Annual statistical returns and brief notes on vaccination in Bengal - 1887-1898
Year: 1887
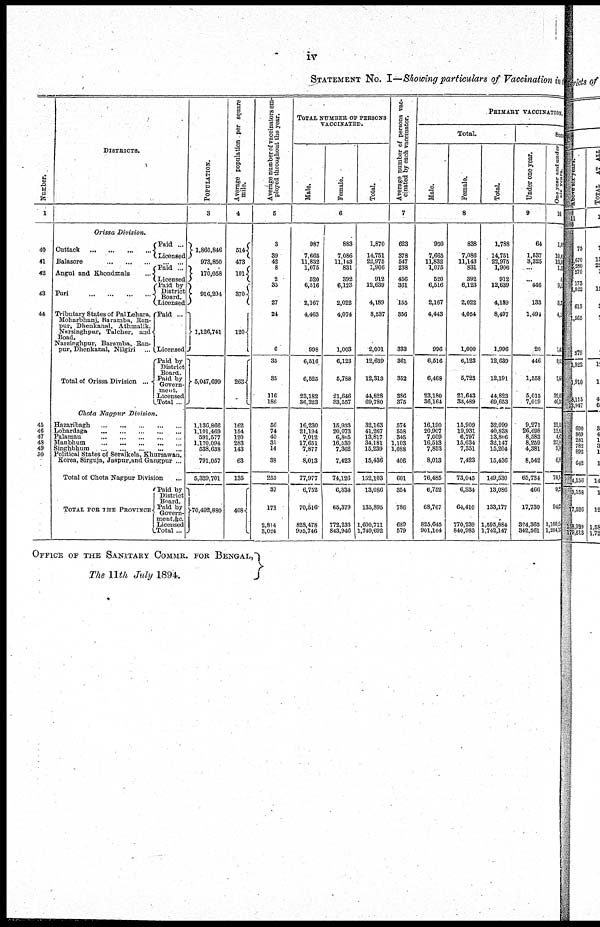
iv
STATEMENT No. I—Showing particulars of Vaccination in
Number.
1
40
41
42
43
44
45
46
47
48
49
50
DISTRICTS.
Orissa Division.
Cuttack ... ... ... ... ...
Paid ...
Licensed
Balasore ... ... ... ... ...
Angul and Khondmals ...
Puri
...
...
...
...
Tributary States of Pal Lehara,
Moharbhanj, Buramba, Ran-
pur, Dhenkanal, Athmalik,
Narsinghpur, Talcher, and
Boad.
Narsinghpur, Baramba, Ran-
pur, Dhenkanal, Nilgiri
...
Total of Orissa Division
...
Chota Nagpur Division
Paid ...
Licensed
Paid by
District
Board.
Licensed
Paid ...
Licensed
Paid by
District
Board.
Paid by
Govern-
ment.
Licensed
Total ...
Hazaribagh
...
...
...
...
...
Lohardaga
...
...
...
...
...
Palamau
...
...
...
...
...
Manbhum
...
...
...
...
...
Singhbhum
...
...
...
...
...
Political States of Seraikela, Khursawan,
Korea, Sirguja, Jaspur and Gangpur ...
Total of Chota Nagpur Divison ...
TOTAL FOR THE PROVINCE
Paid by
District
Board.
Paid by
Govern-
meut.&c.
Licensed
Total ...
POPULATION.
3
1,860,846
973,860
170,058
916,204
1,126,741
5,047,699
1,136,866
1,101,469
591,577
1,170,094
538,638
791,057
5,329,701
70,492,880
Average population per square
mile.
4
514
473
101
370
120
263
162
154
120
283
143
63
135
408
Average number of vaccinators em-
ployed throughout the year.
5
3
39
42
8
2
33
27
24
6
35
35
116
186
56
74
40
31
14
38
253
37
173
2,814
3,024
TOTAL NUMBER OF PERSONS
VACCINATED.
Male.
Female.
Total.
6
987
7,665
11,832
1,075
520
6,516
2,167
4,463
998
6,516
6,525
23,182
36,223
16,230
21,194
7,012
17,651
7,877
8,013
77,977
6,752
70,516
828,478
905,746
883
7,086
11,143
831
392
6,123
2,022
4,074
1,003
6,123
5,788
21,646
33,557
15,933
20,073
6,805
16,530
7,362
7,423
74,126
6,334
65,379
772,233
843,946
1,870
14,751
23,975
1,906
912
12,639
4,189
8,537
2,001
12,639
12,313
44,828
69,780
32,163
41,267
13,817
34,181
15,239
15,436
152,103
13,086
135,895
1,600,711
1,749,692
Average number of persons vac-
cinated by each vaccinator.
7
623
378
547
238
456
361
155
356
333
361
352
386
375
574
558
345
1,103
1,088
406
601
354
786
689
579
PRIMARY VACCINATION.
Total.
Male.
Female.
Total.
8
950
7,665
11,832
1,075
520
6,516
2,167
4,443
996
6,516
6,468
23,180
36,164
16,190
20,907
7,009
16,513
7,853
8,013
76,485
6,752
68,767
825,645
901,164
838
7,086
11,143
831
392
6,123
2,022
4,054
1,000
6,123
5,723
21,643
33,489
15,909
19,931
6,797
15,634
7,351
7,423
73,045
6,834
64,410
770,239
840,983
1,788
14,751
22,975
1,906
912
12,639
4,189
8,497
1,996
12,639
12,191
44,823
69,653
32,099
40,838
13,806
32,147
15,204
15,436
149,530
13,086
133,177
1,595,884
1,742,147
Suc
Under one year.
9
64
1,537
3,325
...
...
446
133
1,494
20
446
1,558
5,015
7,019
9,271
26,698
8,583
8,259
4,381
8,542
65,734
466
17,730
324,365
342,561
One year and under
six
years.
10
1, 4
10,4
13,0
1,3
0
9, 0
3,1
4,2
1,0
9,0
7,6
29,0
46,3
22,0
12,0
4, 0
23,0
9,0
6, 0
78,0
9,0
940
1,100,5
1,204,1
OFFICE OF THE SANITARY COMMR. FOR BENGAL,
The 11th July 1894.